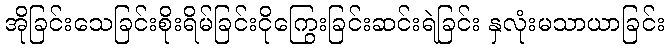
အိုခြင်းသေခြင်းစိုးရိမ်ခြင်းငိုကြွေးခြင်းဆင်းရဲခြင်း နှလုံးမသာယာခြင်း